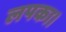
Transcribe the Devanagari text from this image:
लपका।